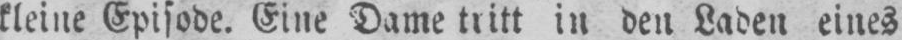
kleine Episode. Eine Dame tritt in den Laden eines